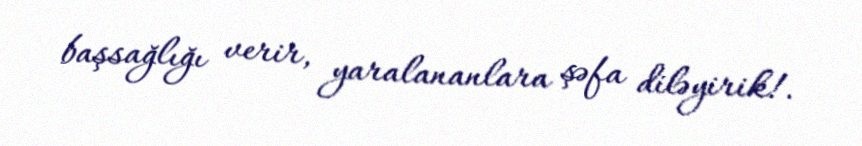
başsağlığı verir, yaralananlara şəfa diləyirik!.